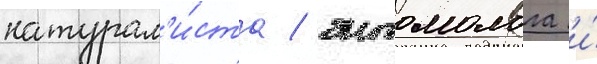
натурал'и́ста / энтомолога и́